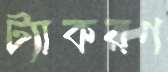
ট্যাকরণ